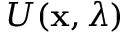
U ( \mathbf { x } , \lambda )